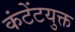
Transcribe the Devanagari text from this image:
कंटेंटयुक्त